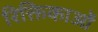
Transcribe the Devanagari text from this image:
रिक्तिकाओं